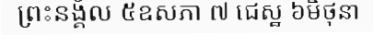
ព្រះនង្គ័ល ៥ឧសភា ៧ ជេស្ឋ ៦មិថុនា